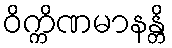
ဝိက္ကိဏမာနန္တိ